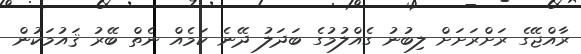
ރާއްޖޭގެ ރަށްރަށަށް ލިބުނު ގެއްލުމުގެ ބަދަލު ދޭނެ ކަމެއް ނެތް ބޭރު ޤައުމަކުން